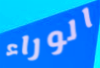
الوراء